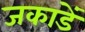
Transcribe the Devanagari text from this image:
जकाडें